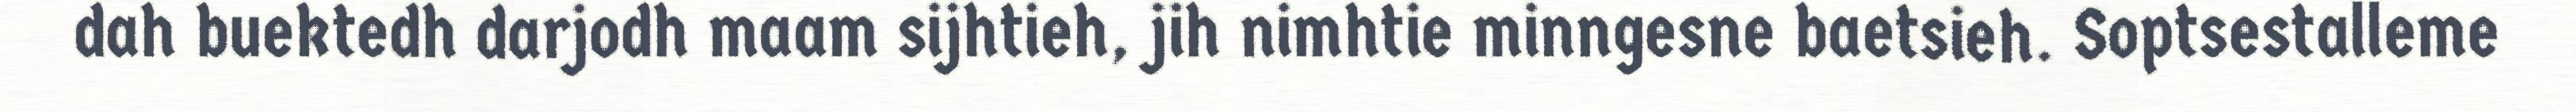
dah buektedh darjodh maam sijhtieh, jih nimhtie minngesne baetsieh. Soptsestalleme